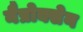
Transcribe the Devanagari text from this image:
नैप्रोक्सेन